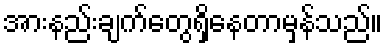
အားနည်းချက်တွေရှိနေတာမှန်သည်။